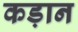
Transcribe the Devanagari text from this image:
कड़ान